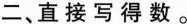
二、直接写得数